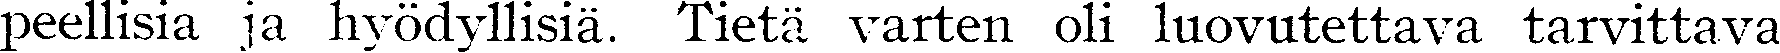
peellisia ja hyödyllisiä. Tietä varten oli luovutettava tarvittava